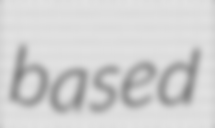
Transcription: based